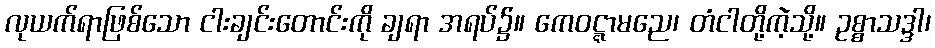
လုယက်ရာဖြစ်သော ငါးချင်းတောင်းကို ချရာ အရပ်၌။ ကေဝဋ္ဋာမညေ၊ တံငါတို့ကဲ့သို့။ ဥစ္စာသဒ္ဒါ၊